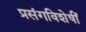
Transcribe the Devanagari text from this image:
प्रसंगविशेषीं